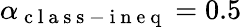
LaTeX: \alpha_{\mathrm{~c~l~a~s~s~-~i~n~e~q~}}=0.5